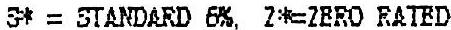
S* = STANDARD 6%, Z*=ZERO RATED